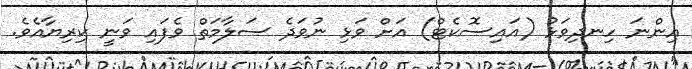
އިންނަ ހިނދިވަޅު (އައިސޮކެޓް) އަށް ވަޅި ނުވަދެ ސަލާމަތް ވެފައި ވަނީ ކިރިޔާއެވެ.